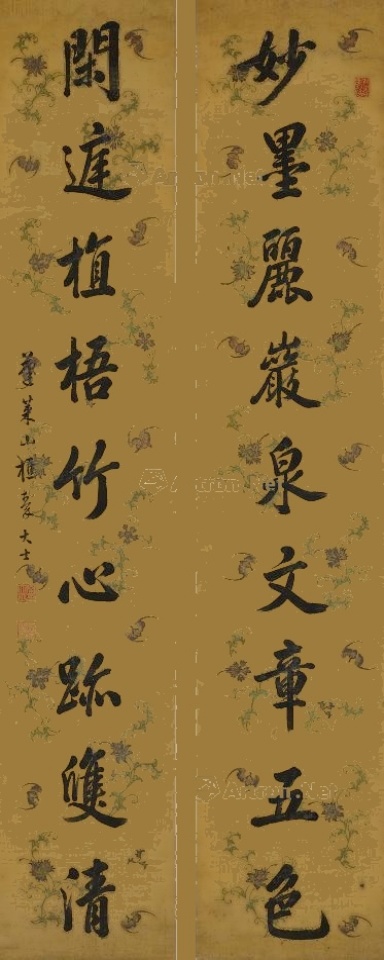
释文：妙墨丽岩泉文章五色，闲庭植梧竹心迹双清。蓬莱山樵秦大士。